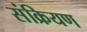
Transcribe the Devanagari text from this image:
संक्रियण